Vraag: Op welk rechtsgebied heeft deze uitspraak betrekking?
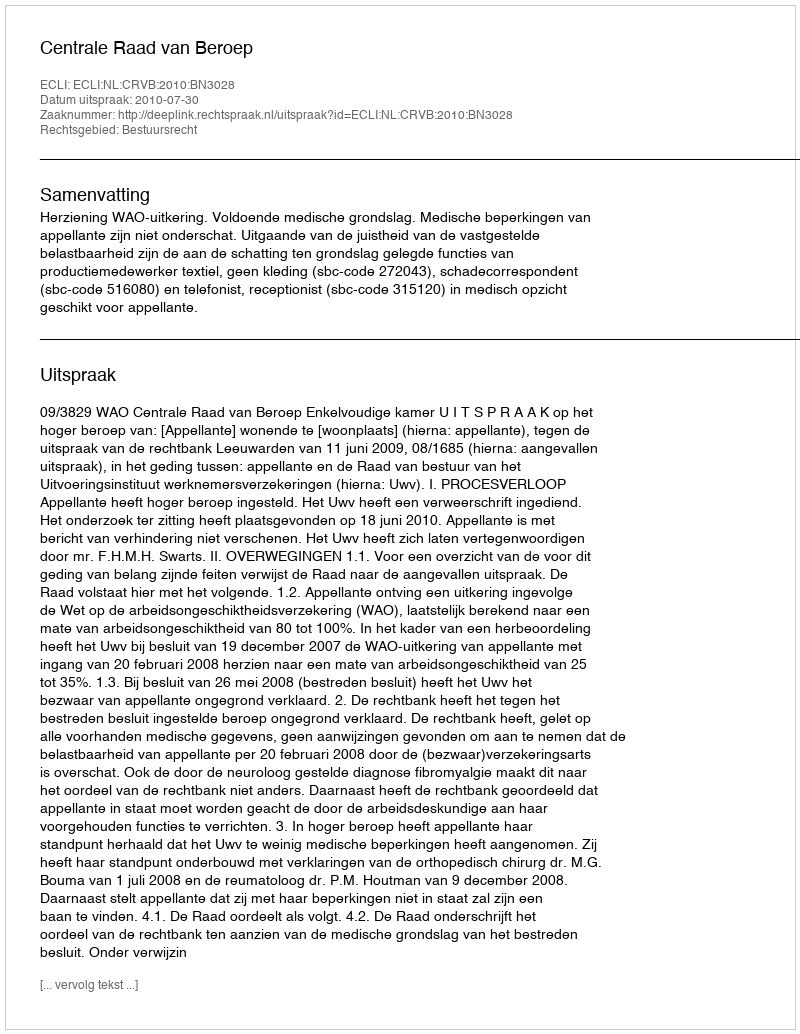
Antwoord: Bestuursrecht